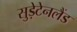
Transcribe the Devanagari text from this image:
सुड़ेटेनलैंड